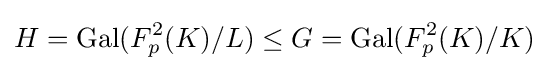
H=\mathrm {Gal} (F_{p}^{2}(K)/L)\leq G=\mathrm {Gal} (F_{p}^{2}(K)/K)